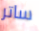
ساتر